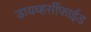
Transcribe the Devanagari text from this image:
डायव्हर्सीफाईड